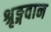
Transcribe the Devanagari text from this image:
श्रृङ्गवान